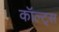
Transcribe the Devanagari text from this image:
कॉल्ट्स